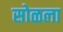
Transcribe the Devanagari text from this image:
सोळला